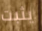
يثبت